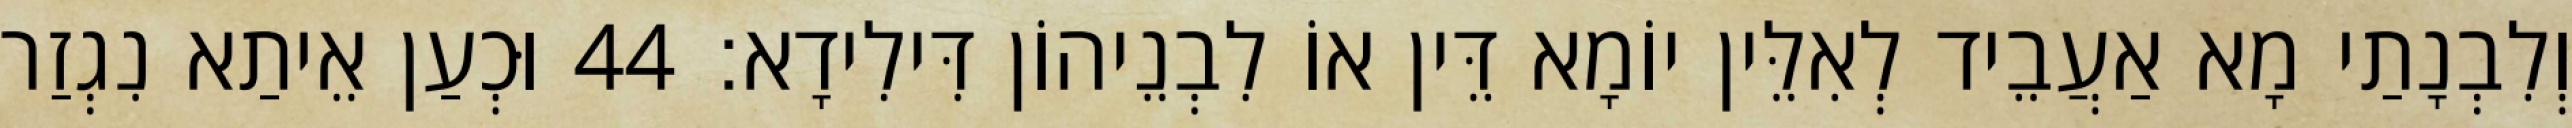
וְלִבְנָתַי מָא אַעֲבֵיד לְאִלֵּין יוֹמָא דֵּין אוֹ לִבְנֵיהוֹן דִּילִידָא׃ 44 וּכְעַן אֵיתַא נִגְזַר